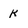
Character: k